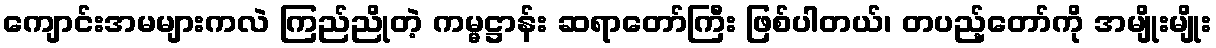
ကျောင်းအမများကလဲ ကြည်ညိုတဲ့ ကမ္မဋ္ဌာန်း ဆရာတော်ကြီး ဖြစ်ပါတယ်၊ တပည့်တော်ကို အမျိုးမျိုး